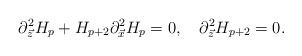
LaTeX: \begin{align*}\partial^{2}_{\vec{z}}H_p+H_{p+2}\partial^{2}_{\vec{x}}H_p=0, \ \ \ \partial^2_{\vec{z}}H_{p+2}=0.\end{align*}